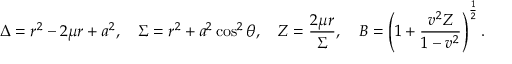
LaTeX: \Delta = r ^ { 2 } - 2 \mu r + a ^ { 2 } , ~ ~ ~ \Sigma = r ^ { 2 } + a ^ { 2 } \cos ^ { 2 } \theta , ~ ~ ~ Z = \frac { 2 \mu r } { \Sigma } , ~ ~ ~ B = \left( 1 + \frac { v ^ { 2 } Z } { 1 - v ^ { 2 } } \right) ^ { \frac { 1 } { 2 } } .